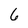
Character: 6